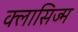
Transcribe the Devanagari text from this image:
क्लासिज्म